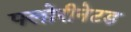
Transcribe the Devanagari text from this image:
फ्लोरीनेटड